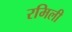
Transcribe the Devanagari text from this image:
रमिली